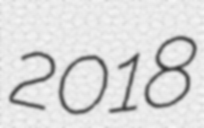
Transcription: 2018